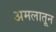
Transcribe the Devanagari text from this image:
अमलातून